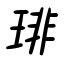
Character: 琲